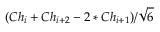
( C h _ { i } + C h _ { i + 2 } - 2 * C h _ { i + 1 } ) / \sqrt { 6 }